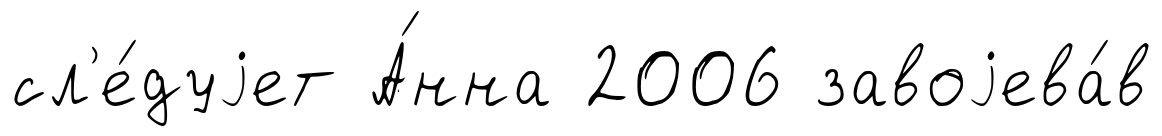
сл'е́дуjет А́нна 2006 завоjева́в